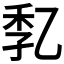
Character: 𠃷